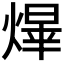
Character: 𤌰